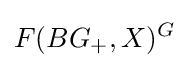
F(BG_{+},X)^{G}